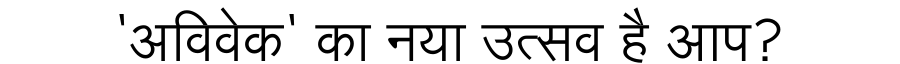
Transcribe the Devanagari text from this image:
'अविवेक' का नया उत्सव है आप?